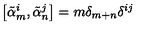
\left[ { \tilde { \alpha } } _ { m } ^ { i } , { \tilde { \alpha } } _ { n } ^ { j } \right] = m \delta _ { m + n } \delta ^ { i j }